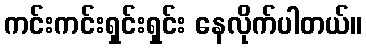
ကင်းကင်းရှင်းရှင်း နေလိုက်ပါတယ်။